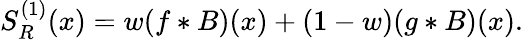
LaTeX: \begin{array}{r}{S_{R}^{(1)}(x)=w(f*B)(x)+(1-w)(g*B)(x).}\end{array}